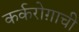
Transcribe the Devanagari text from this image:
कर्करोग़ाची